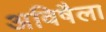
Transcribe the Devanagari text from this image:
अविषैला